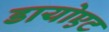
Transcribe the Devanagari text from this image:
डायोएट